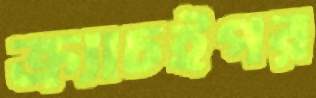
ক্র্যাচইপর